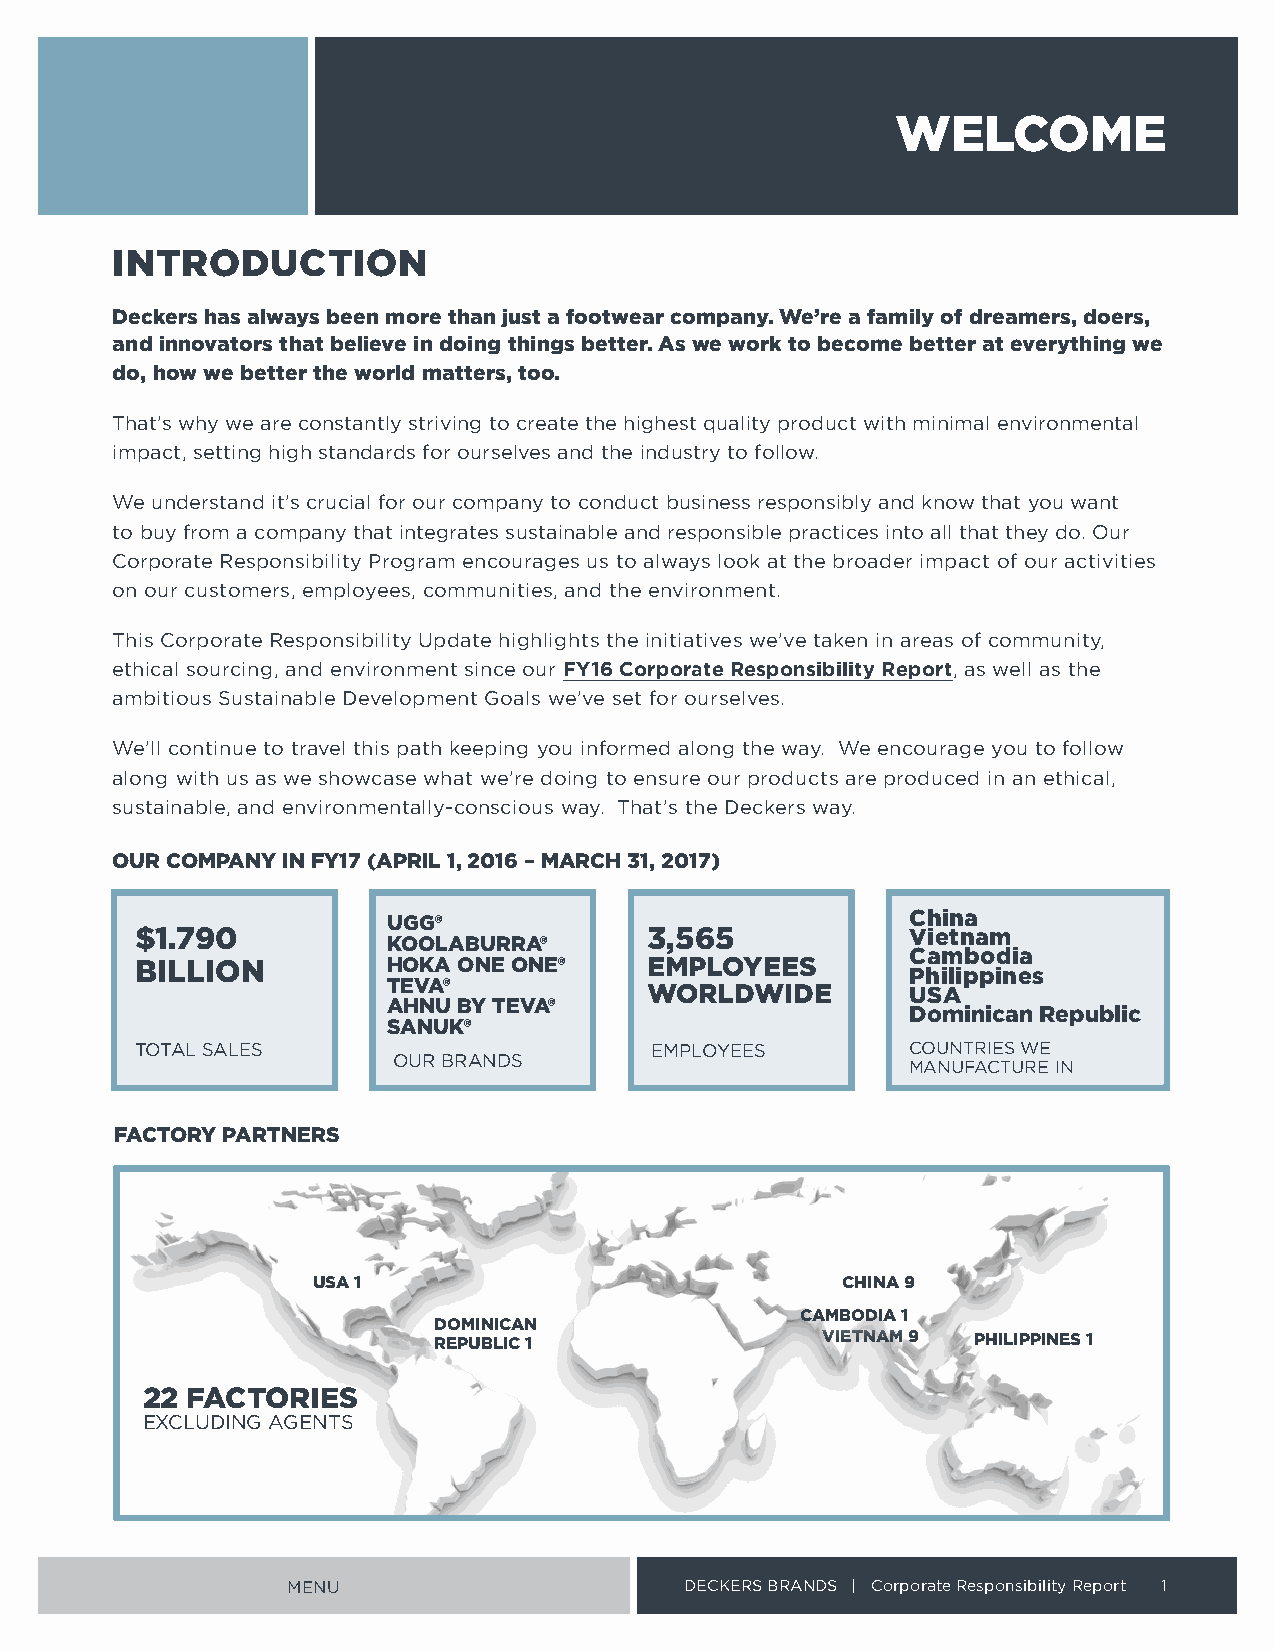
WELCOME
 INTRODUCTION
 Deckers has always been more than just a footwear company . We’re a family of dreamers, doers,
 and innovators that believe in doing things better . As we work to become better at everything we
 do, how we better the world matters, too .
 That’s why we are constantly striving to create the highest quality product with minimal environmental
 impact, setting high standards for ourselves and the industry to follow
 We understand it’s crucial for our company to conduct business responsibly and know that you want
 to buy from a company that integrates sustainable and responsible practices into all that they do Our
 Corporate Responsibility Program encourages us to always look at the broader impact of our activities
 on our customers, employees, communities, and the environment
 This Corporate Responsibility Update highlights the initiatives we’ve taken in areas of community,
 ethical sourcing, and environment since our FY16 Corporate Responsibility Report, as well as the
 ambitious Sustainable Development Goals we’ve set for ourselves
 We’ll continue to travel this path keeping you informed along the way We encourage you to follow
 along with us as we showcase what we’re doing to ensure our products are produced in an ethical,
 sustainable, and environmentally-conscious way That’s the Deckers way
 OUR COMPANY IN FY17 (APRIL 1, 2016 – MARCH 31, 2017)
 UGG®                              China
 $1 .790                           3,565            Vietnam
 KOOLABURRA®
 Cambodia
 BILLION          HOKA ONE ONE®    EMPLOYEES
 Philippines
 TEVA®            WORLDWIDE        USA
 AHNU BY TEVA®
 Dominican Republic
 SANUK®
 TOTAL SALES                       EMPLOYEES        COUNTRIES WE
 OUR BRANDS
 MANUFACTURE IN
 FACTORY PARTNERS
 USA 1                              CHINA 9
 CAMBODIA 1
 DOMINICAN
 REPUBLIC 1               VIETNAM 9 PHILIPPINES 1
 22 FACTORIES
 EXCLUDING AGENTS
 MENU                      DECKERS BRANDS | Corporate Responsibility Report 1